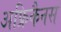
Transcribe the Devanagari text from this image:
अफ्रिकैनस